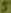
Text: 5